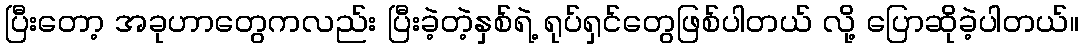
ပြီးတော့ အခုဟာတွေကလည်း ပြီးခဲ့တဲ့နှစ်ရဲ့ ရုပ်ရှင်တွေဖြစ်ပါတယ် လို့ ပြောဆိုခဲ့ပါတယ်။